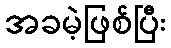
အခမဲ့ဖြစ်ပြီး